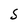
Character: S